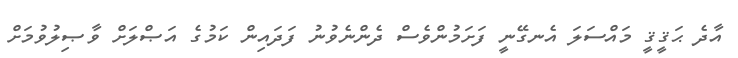
އާދެ ޙަޤީޤީ މައްސަލަ އެނގޭނީ ފަށަމުންވެސް ދެންނެވުނު ފަދައިން ކަމުގެ އަޞްލަށް ވާޞިލުވުމަށް